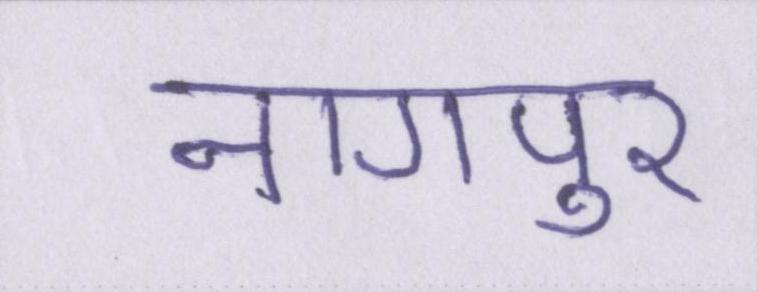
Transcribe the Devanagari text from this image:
नागपुर